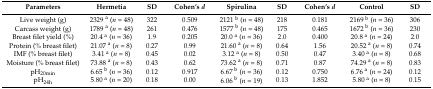
<table><thead><tr><td><b>Parameters</b></td><td><b>Hermetia</b></td><td><b>SD</b></td><td><b>Cohen’s <i>d</i></b></td><td><b>Spirulina</b></td><td><b>SD</b></td><td><b>Cohen’s <i>d</i></b></td><td><b>Control</b></td><td><b>SD</b></td></tr></thead><tbody><tr><td>Live weight (g)</td><td>2329 <sup>a</sup> (<i>n</i> = 48) </td><td>322</td><td>0.509</td><td>2121 <sup>b</sup> (<i>n</i> = 48)</td><td>218</td><td>0.181</td><td>2169 <sup>b</sup> (<i>n</i> = 36)</td><td>306</td></tr><tr><td>Carcass weight (g)</td><td>1789 <sup>a</sup> (<i>n</i> = 48)</td><td>261</td><td>0.476</td><td>1577 <sup>b</sup> (<i>n</i> = 48)</td><td>175</td><td>0.465</td><td>1672 <sup>b</sup> (<i>n</i> = 36)</td><td>230</td></tr><tr><td>Breast filet yield (%)</td><td>20.4 <sup>a</sup> (<i>n</i> = 36)</td><td>1.9</td><td>0.205</td><td>20.0 <sup>a</sup> (<i>n</i> = 36)</td><td>2.0</td><td>0.400</td><td>20.8 <sup>a</sup> (<i>n</i> = 24)</td><td>2.0</td></tr><tr><td>Protein (% breast filet)</td><td>21.07 <sup>a</sup> (<i>n</i> = 8)</td><td>0.27</td><td>0.99</td><td>21.60 <sup>a</sup> (<i>n</i> = 8)</td><td>0.64</td><td>1.56</td><td>20.52 <sup>a</sup> (<i>n</i> = 8)</td><td>0.74</td></tr><tr><td>IMF (% breast filet)</td><td>3.41 <sup>a</sup> (<i>n</i> = 8)</td><td>0.45</td><td>0.02</td><td>3.12 <sup>a</sup> (<i>n</i> = 8)</td><td>0.50</td><td>0.47</td><td>3.40 <sup>a</sup> (<i>n</i> = 8)</td><td>0.68</td></tr><tr><td>Moisture (% breast filet)</td><td>73.88 <sup>a</sup> (<i>n</i> = 8)</td><td>0.43</td><td>0.62</td><td>73.62 <sup>a</sup> (<i>n</i> = 8)</td><td>0.71</td><td>0.87</td><td>74.29 <sup>a</sup> (<i>n</i> = 8)</td><td>0.83</td></tr><tr><td>pH<sub>20min</sub></td><td>6.65 <sup>b</sup> (<i>n</i> = 36)</td><td>0.12</td><td>0.917</td><td>6.67 <sup>b</sup> (<i>n</i> = 36)</td><td>0.12</td><td>0.750</td><td>6.76 <sup>a</sup> (<i>n</i> = 24)</td><td>0.12</td></tr><tr><td>pH<sub>24h</sub></td><td>5.80 <sup>a</sup> (<i>n</i> = 20)</td><td>0.18</td><td>0.00</td><td>6.06 <sup>b</sup> (<i>n</i> = 19)</td><td>0.13</td><td>1.852</td><td>5.80 <sup>a</sup> (<i>n</i> = 8)</td><td>0.15</td></tr></tbody></table>